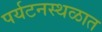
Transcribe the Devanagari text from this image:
पर्यटनस्थळात